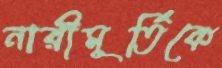
নারীমূর্তিকে